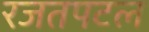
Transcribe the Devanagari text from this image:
रजतपटल